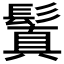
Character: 鬒